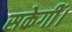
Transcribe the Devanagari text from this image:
सकेगीं।